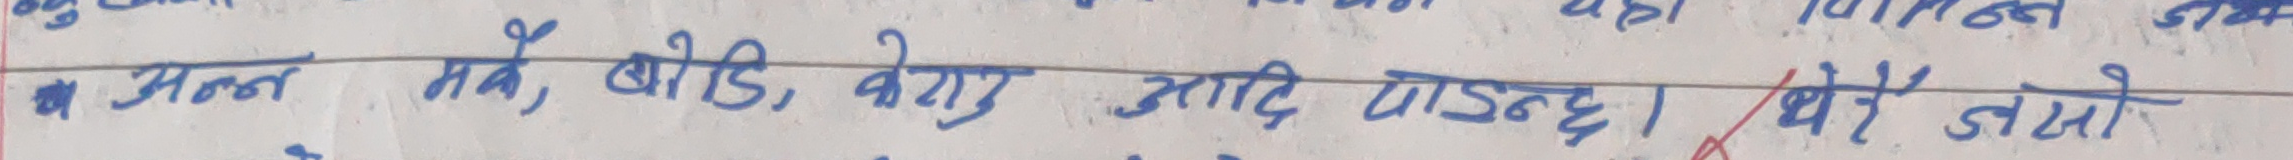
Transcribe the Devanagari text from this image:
# मन्न मबै, बोडि, बेग, आदि पाइन्छ। धेरै जामो